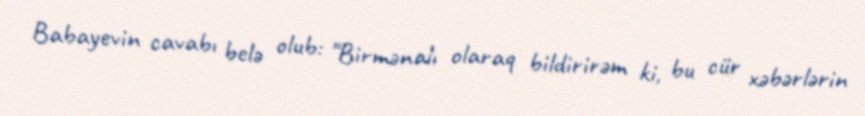
Babayevin cavabı belə olub: "Birmənalı olaraq bildirirəm ki, bu cür xəbərlərin